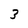
Character: 3